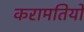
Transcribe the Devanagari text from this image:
करामतियों